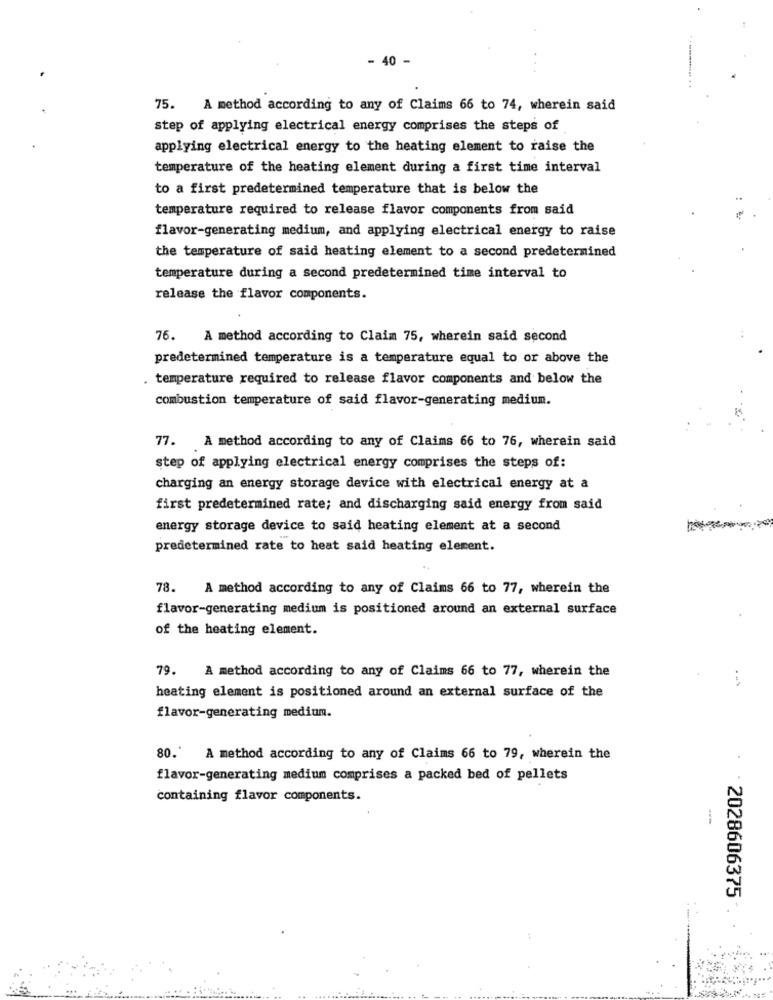
- 40 -
75. A method according to any of Claims 66 to 74, wherein said
step of applying electrical energy comprises the steps of
applying electrical energy to the heating element to raise the
temperature of the heating element during a first time interval
to a first predetermined temperature that is below the
temperature required to release flavor components from said
flavor-generating medium, and applying electrical energy to raise
the temperature of said heating element to a second predetermined
temperature during a second predetermined time interval to
release the flavor components.
76. A method according to Claim 75, wherein said second
predetermined temperature is a temperature equal to or above the
. temperature required to release flavor components and below the
combustion temperature of said flavor-generating medium.
77. A method according to any of Claims 66 to 76, wherein said
step of applying electrical energy comprises the steps of:
charging an energy storage device with electrical energy at a
first predetermined rate; and discharging said energy from said
energy storage device to said heating element at a second
predetermined rate to heat said heating element.
78. A method according to any of Claims 66 to 77, wherein the
flavor-generating medium is positioned around an external surface
of the heating element.
79. A method according to any of Claims 66 to 77, wherein the
heating element is positioned around an external surface of the
flavor-generating medium.
80.' A method according to any of Claims 66 to 79, wherein the
flavor-generating medium comprises a packed bed of pellets
containing flavor components.
· · 2028606375